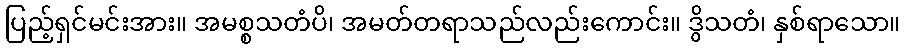
ပြည့်ရှင်မင်းအား။ အမစ္စသတံပိ၊ အမတ်တရာသည်လည်းကောင်း။ ဒွိသတံ၊ နှစ်ရာသော။